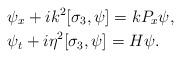
LaTeX: \begin{align*}&\psi_x+ik^2[\sigma_3,\psi]=kP_x\psi,\\&\psi_t+i\eta^2[\sigma_3,\psi]=H\psi.\end{align*}